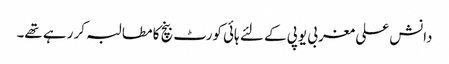
دانش علی مغربی یوپی کے لئے ہائی کورٹ بنچ کا مطالبہ کر رہے تھے۔